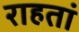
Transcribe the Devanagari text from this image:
राहतां